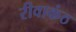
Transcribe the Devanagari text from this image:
रीवाकंठ